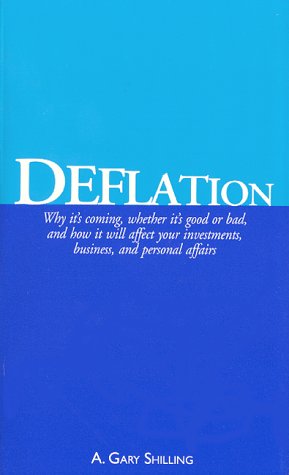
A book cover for Deflation: Why it's coming, whether it's good or bad, and how it will affect your investments, business, and personal affairs; A. Gary Shilling; Business & Money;